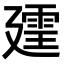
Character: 𪪲